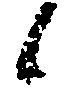
候